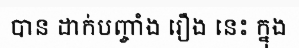
បាន ដាក់បញ្ចាំង រឿង នេះ ក្នុង